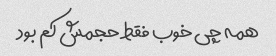
همه چی خوب فقط حجمش کم بود